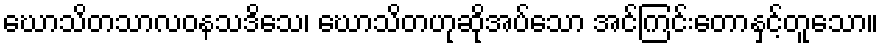
ဃောသိတသာလဝနသဒိသေ၊ ဃောသိတဟုဆိုအပ်သော အင်ကြင်းတောနှင့်တူသော။